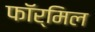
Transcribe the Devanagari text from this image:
फॉर्मिल